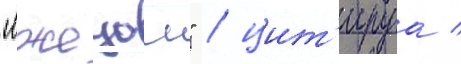
"лжецом" / цит'ируа /